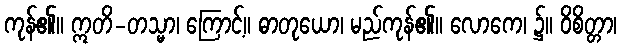
ကုန်၏။ ဣတိ-တသ္မာ၊ ကြောင့်။ ဓာတုယော၊ မည်ကုန်၏။ လောကေ၊ ၌။ ဝိစိတ္တာ၊